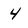
Character: 4